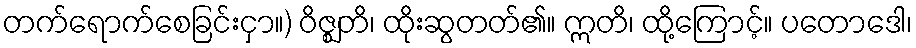
တက်ရောက်စေခြင်းငှာ။) ဝိဇ္ဈတိ၊ ထိုးဆွတတ်၏။ ဣတိ၊ ထို့ကြောင့်။ ပတောဒေါ၊